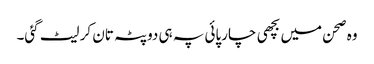
وہ صحن میں بچھی چارپائی پہ ہی دوپٹہ تان کر لیٹ گئی۔